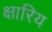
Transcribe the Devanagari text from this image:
क्षारिय